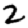
Digit: 2